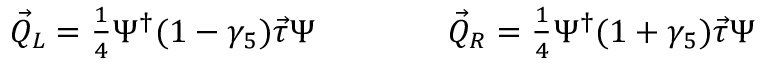
\begin{array} { r } { \vec { Q } _ { L } = \frac { 1 } { 4 } \Psi ^ { \dagger } ( 1 - \gamma _ { 5 } ) \vec { \tau } \Psi \qquad \qquad \vec { Q } _ { R } = \frac { 1 } { 4 } \Psi ^ { \dagger } ( 1 + \gamma _ { 5 } ) \vec { \tau } \Psi } \end{array}